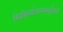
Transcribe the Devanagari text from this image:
किञ्चिज्जेतव्यमर्जुनात्र